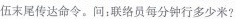
伍末尾传达命令。问：联络员每分钟行多少米?